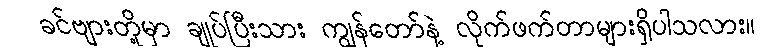
ခင်ဗျားတို့မှာ ချုပ်ပြီးသား ကျွန်တော်နဲ့ လိုက်ဖက်တာများရှိပါသလား။